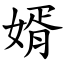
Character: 婿